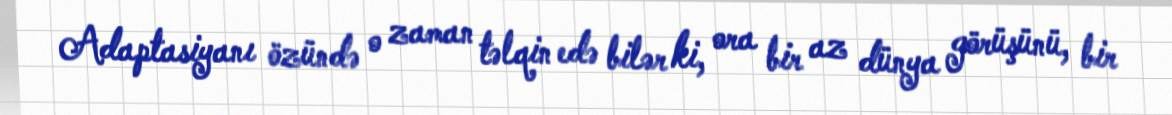
Adaptasiyanı özündə o zaman təlqin edə bilər ki, ora bir az dünya görüşünü, bir